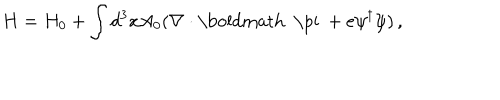
H = H _ { 0 } + \int d ^ { 3 } x A _ { 0 } ( \nabla \cdot \mathrm { \boldmath ~ \ p i ~ } + e \psi ^ { \dagger } \psi ) \, ,